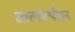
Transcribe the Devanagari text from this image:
आत्मोत्पीड़न